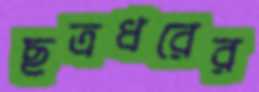
ছত্রধরের